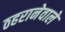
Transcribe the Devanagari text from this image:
ठहरानेवाले